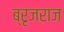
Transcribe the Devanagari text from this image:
ब्रृजराज